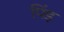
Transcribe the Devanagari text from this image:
पिंड़